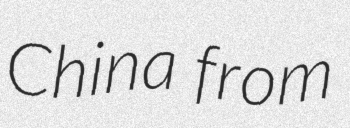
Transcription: China from